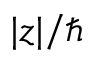
| z | / \hbar